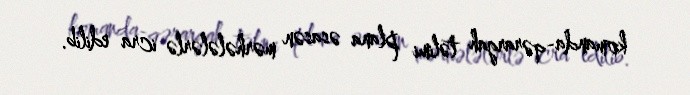
komanda-qərargah təlimi plana əsasən mərhələlərlə icra edilib.